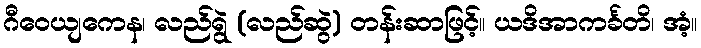
ဂီဝေယျကေန၊ လည်ရွဲ (လည်ဆွဲ) တန်းဆာဖြင့်။ ယဒိအာကင်္ခတိ၊ အံ့။